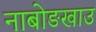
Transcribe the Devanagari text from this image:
नाबोङखाउ